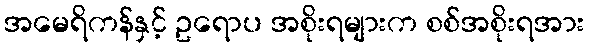
အမေရိကန်နှင့် ဥရောပ အစိုးရများက စစ်အစိုးရအား